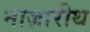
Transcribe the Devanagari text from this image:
नाज़ारीथ